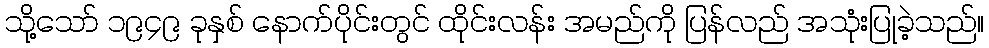
သို့သော် ၁၉၄၉ ခုနှစ် နောက်ပိုင်းတွင် ထိုင်းလန်း အမည်ကို ပြန်လည် အသုံးပြုခဲ့သည်။